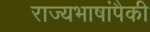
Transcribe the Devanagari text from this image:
राज्यभाषांपैकी